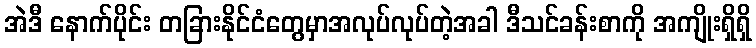
အဲဒီ နောက်ပိုင်း တခြားနိုင်ငံတွေမှာအလုပ်လုပ်တဲ့အခါ ဒီသင်ခန်းစာကို အကျိုးရှိရှိ